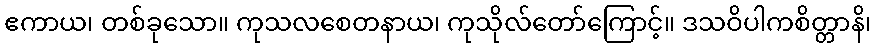
ဧကာယ၊ တစ်ခုသော။ ကုသလစေတနာယ၊ ကုသိုလ်တော်ကြောင့်။ ဒသဝိပါကစိတ္တာနိ၊